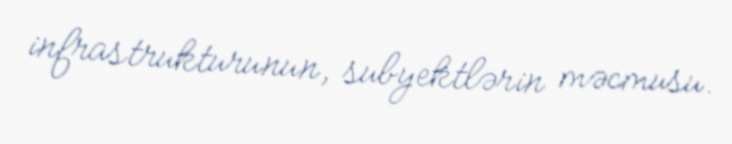
infrastrukturunun, subyektlərin məcmusu.